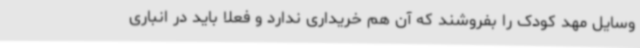
وسایل مهد کودک را بفروشند که آن هم خریداری ندارد و فعلا باید در انباری